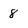
Character: 8